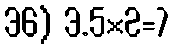
36) 3.5×2=7